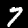
Digit: 7